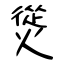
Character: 熧